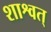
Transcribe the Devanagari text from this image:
शाश्वत्‌